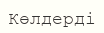
Көлдерді